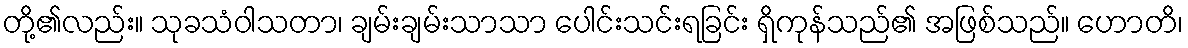
တို့၏လည်း။ သုခသံဝါသတာ၊ ချမ်းချမ်းသာသာ ပေါင်းသင်းရခြင်း ရှိကုန်သည်၏ အဖြစ်သည်။ ဟောတိ၊